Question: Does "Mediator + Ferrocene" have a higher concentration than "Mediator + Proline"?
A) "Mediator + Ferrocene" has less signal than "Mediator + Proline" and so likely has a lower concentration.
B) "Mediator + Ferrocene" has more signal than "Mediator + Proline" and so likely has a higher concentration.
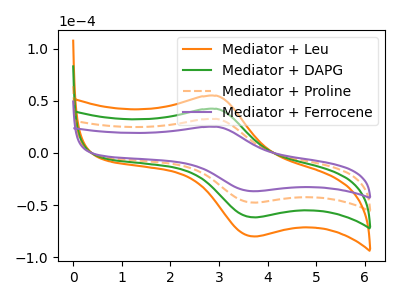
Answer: <think>The orange curve "Mediator + Leu" has an anodic peak at (2.95V, 97.95uA) and a cathodic peak at (3.75V, -142.85uA). The green curve "Mediator + DAPG" has an anodic peak at (2.95V, 65.30uA) and a cathodic peak at (3.75V, -95.25uA). The orange dashed curve "Mediator + Proline" has an anodic peak at (2.95V, 32.65uA) and a cathodic peak at (3.75V, -47.60uA). The purple curve "Mediator + Ferrocene" has an anodic peak at (2.95V, 25.20uA) and a cathodic peak at (3.75V, -36.70uA).
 All the peaks in "Mediator + Ferrocene" have a peak in "Mediator + Proline" at the same potential. Every peak in "Mediator + Ferrocene" is lower than every peak in "Mediator + Proline".</think>
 <answer>A) "Mediator + Ferrocene" has less signal than "Mediator + Proline" and so likely has a lower concentration.</answer>
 <eval>A</eval>